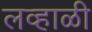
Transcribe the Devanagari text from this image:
लव्हाळी